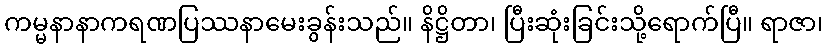
ကမ္မနာနာကရဏပြဿနာမေးခွန်းသည်။ နိဋ္ဌိတာ၊ ပြီးဆုံးခြင်းသို့ရောက်ပြီ။ ရာဇာ၊